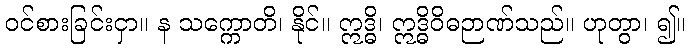
ဝင်စားခြင်းငှာ။ န သက္ကောတိ၊ နိုင်။ ဣဒ္ဓိ၊ ဣဒ္ဓိဝိဓဉာဏ်သည်။ ဟုတွာ၊ ၍။